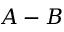
A - B